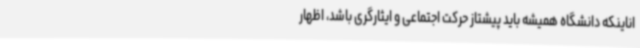
اناینکه دانشگاه همیشه باید پیشتاز حرکت اجتماعی و ایثارگری باشد، اظهار